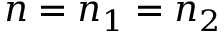
n = n _ { 1 } = n _ { 2 }